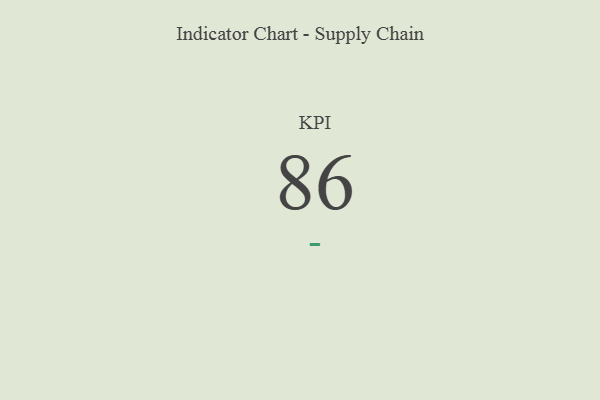
{"axis": {"x": "KPI", "y": "Value"}, "legend": [""], "data": [{"x": "KPI", "y": 86, "type": ""}]}